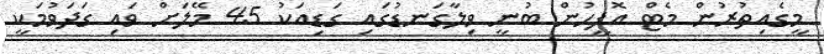
މީގެއިތުރުން މެޓް އޮފީހުން ބުނީ ވިލާގަނޑުގައި ގަޑިއަކު 45 މޭލަށް ވައި ގަދަވުމަކީ